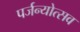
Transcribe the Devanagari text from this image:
पर्जन्योत्सव